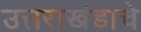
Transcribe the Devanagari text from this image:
उत्तराखंडाचे